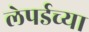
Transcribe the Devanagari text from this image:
लेपर्डच्या